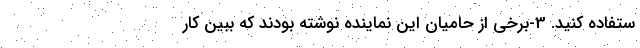
ستفاده کنید. 3-برخی از حامیان این نماینده نوشته بودند که ببین کار